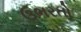
ઉભરતો